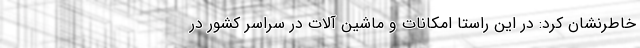
خاطرنشان کرد: در این راستا امکانات و ماشین آلات در سراسر کشور در